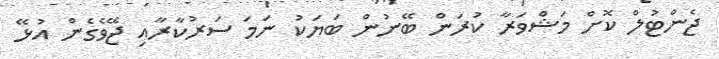
ޖެންޓުލް ކޮށް މަޝްވަރާ ކުރަން ބޭނުން ބަޔަކު ނަމަ ސަރުކާރާއި ޖޭވެގެން އުޅޭ